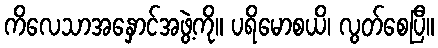
ကိလေသာအနှောင်အဖွဲ့ကို။ ပရိမောစယိ၊ လွတ်စေပြီ။